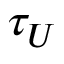
\tau _ { U }